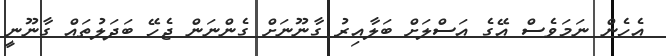
އެހެން ނަމަވެސް އޭގެ އަސްލަށް ބަލާއިރު ގާނޫނަށް ގެންނަން ޖެހޭ ބަދަލުތައް ގާނޫނީ